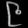
Digit: ၉